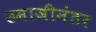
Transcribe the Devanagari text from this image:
उमाजीनंतर